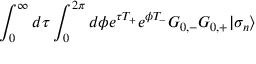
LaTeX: \int _ { 0 } ^ { \infty } d \tau \int _ { 0 } ^ { 2 \pi } d \phi { \textstyle e } ^ { \tau T _ { + } } { \textstyle e } ^ { \phi T _ { - } } G _ { 0 , - } G _ { 0 , + } | \sigma _ { n } \rangle